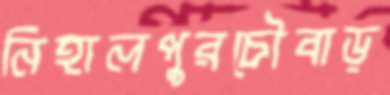
নিহালপুরচৌবাড়